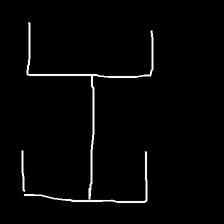
Glyph: entwine